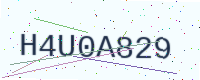
Text: H4U0A829